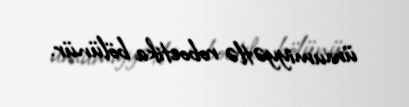
ümumiyyətlə roboetika bölünür.